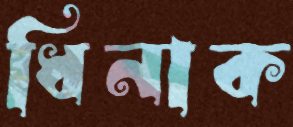
ধিনাক